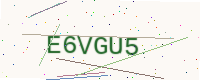
Text: E6VGU5